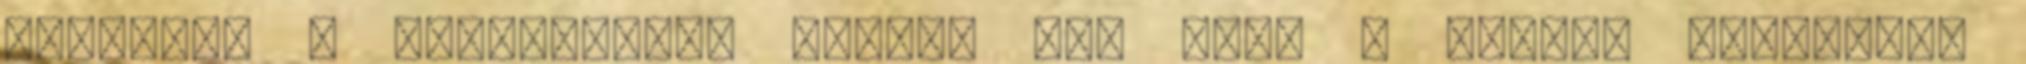
szerette a gyerekemmel nagyon jól bánt a gyerek elmondása